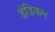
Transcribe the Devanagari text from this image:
इंडिकम